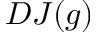
D J ( g )